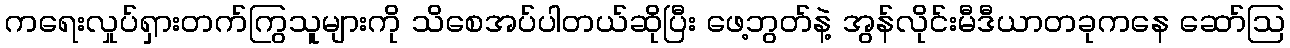
ကရေးလှုပ်ရှားတက်ကြွသူများကို သိစေအပ်ပါတယ်ဆိုပြီး ဖေ့ဘွတ်နဲ့ အွန်လိုင်းမီဒီယာတခုကနေ ဆော်သြ